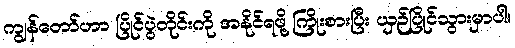
ကျွန်တော်ဟာ ပြိုင်ပွဲတိုင်းကို အနိုင်ရဖို့ ကြိုးစားပြီး ယှဉ်ပြိုင်သွားမှာပါ။